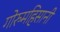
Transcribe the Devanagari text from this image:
गोरुमहिसानी